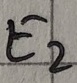
Text: E2